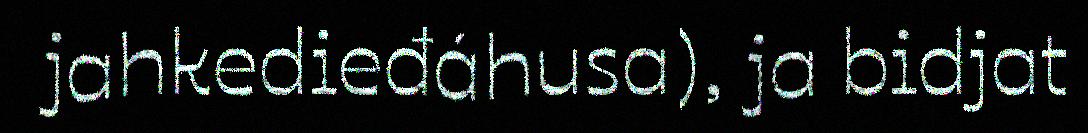
jahkedieđáhusa), ja bidjat